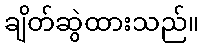
ချိတ်ဆွဲထားသည်။